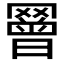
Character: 𦌝